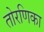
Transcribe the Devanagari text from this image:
तोरणिका